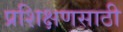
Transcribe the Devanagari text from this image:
प्रशिक्षणसाठी